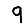
Digit: 9